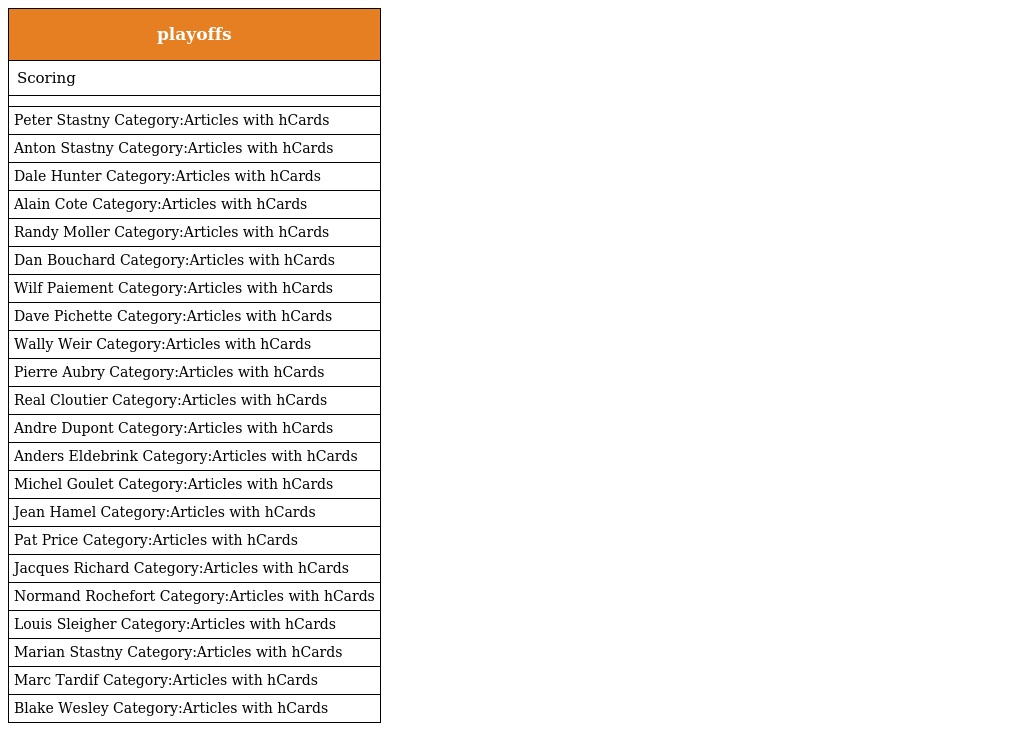
| playoffs |
 | --- |
 | Scoring |
 |  |
 | Peter Stastny Category:Articles with hCards |
 | Anton Stastny Category:Articles with hCards |
 | Dale Hunter Category:Articles with hCards |
 | Alain Cote Category:Articles with hCards |
 | Randy Moller Category:Articles with hCards |
 | Dan Bouchard Category:Articles with hCards |
 | Wilf Paiement Category:Articles with hCards |
 | Dave Pichette Category:Articles with hCards |
 | Wally Weir Category:Articles with hCards |
 | Pierre Aubry Category:Articles with hCards |
 | Real Cloutier Category:Articles with hCards |
 | Andre Dupont Category:Articles with hCards |
 | Anders Eldebrink Category:Articles with hCards |
 | Michel Goulet Category:Articles with hCards |
 | Jean Hamel Category:Articles with hCards |
 | Pat Price Category:Articles with hCards |
 | Jacques Richard Category:Articles with hCards |
 | Normand Rochefort Category:Articles with hCards |
 | Louis Sleigher Category:Articles with hCards |
 | Marian Stastny Category:Articles with hCards |
 | Marc Tardif Category:Articles with hCards |
 | Blake Wesley Category:Articles with hCards |